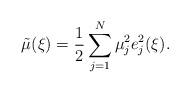
LaTeX: \begin{align*}\tilde{\mu}(\xi)=\frac{1}{2}\sum_{j=1}^N\mu^2_je_j^2(\xi).\end{align*}